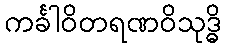
ကင်္ခါဝိတရဏဝိသုဒ္ဓိ